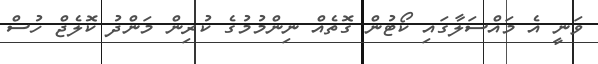
ވަނީ އެ މައްސަލާގައި ކޯޓުން ގޮތެއް ނިންމުމުގެ ކުރިން މަންދު ކޮލެޖް ހުސް